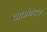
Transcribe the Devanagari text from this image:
वाघांबद्दल